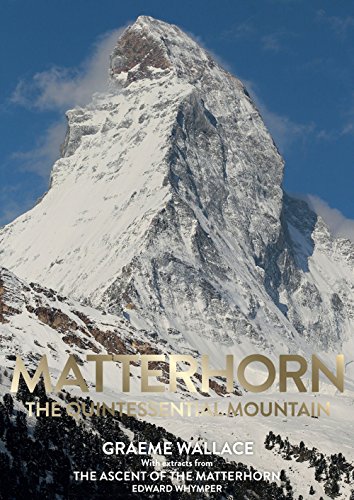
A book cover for Matterhorn: The Quintessential Mountain; Graeme Wallace; Sports & Outdoors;